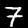
Digit: 7